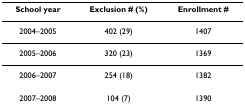
<table><thead><tr><td><b>School year</b></td><td><b>Exclusion # (%)</b></td><td><b>Enrollment #</b></td></tr></thead><tbody><tr><td>2004–2005</td><td>402 (29)</td><td>1407</td></tr><tr><td>2005–2006</td><td>320 (23)</td><td>1369</td></tr><tr><td>2006–2007</td><td>254 (18)</td><td>1382</td></tr><tr><td>2007–2008</td><td>104 (7)</td><td>1390</td></tr></tbody></table>